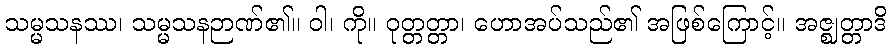
သမ္မသနဿ၊ သမ္မသနဉာဏ်၏။ ဝါ၊ ကို။ ဝုတ္တတ္တာ၊ ဟောအပ်သည်၏ အဖြစ်ကြောင့်။ အဇ္ဈတ္တာဒိ